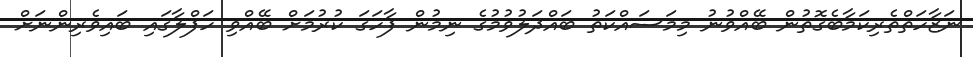
ނަޒާހަތްތެރިކަމާބެގޮތުން ބޭއްވުނު މިމަސައްކަތު ބައްދަލުވުމުގެ ނިމުން ފާހަގަ ކުރުމަށް ބޭއްވި ހަފްލާގައި ބައިވެރިންނަށް